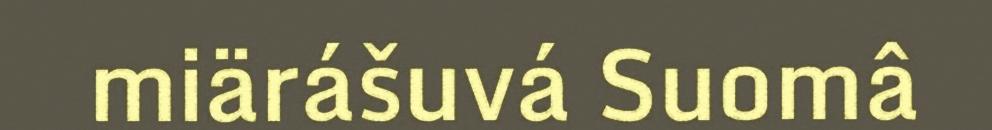
miärášuvá Suomâ